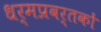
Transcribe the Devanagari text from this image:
धर्मप्रवर्तकों